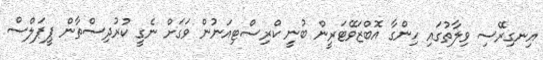
އިނގިރޭސި ވިލާތުގައި ހިންގާ އޮބްޒަވޭޓަރީން ބުނީ ކްރިސްޓިއަނުން ވަގަށް ނެގީ ކުރުދިސްތާން ޕީޕަލްސް